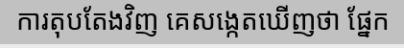
ការតុបតែងវិញ គេសង្កេតឃើញថា ផ្នែក